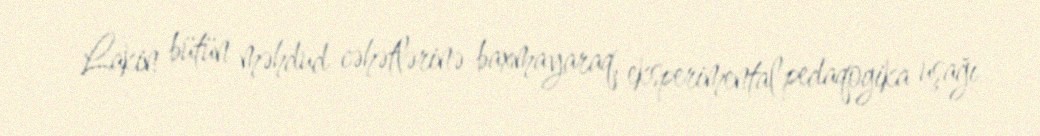
Lakin bütün məhdud cəhətlərinə baxmayaraq, eksperimental pedaqogika uşağı